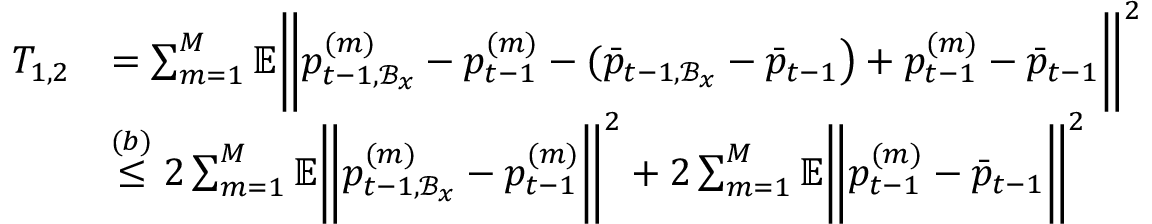
\begin{array} { r l } { T _ { 1 , 2 } } & { = \sum _ { m = 1 } ^ { M } \mathbb { E } \bigg \| p _ { t - 1 , \mathcal { B } _ { x } } ^ { ( m ) } - p _ { t - 1 } ^ { ( m ) } - ( \bar { p } _ { t - 1 , \mathcal { B } _ { x } } - \bar { p } _ { t - 1 } \big ) + p _ { t - 1 } ^ { ( m ) } - \bar { p } _ { t - 1 } \bigg \| ^ { 2 } } \\ & { \overset { ( b ) } { \leq } 2 \sum _ { m = 1 } ^ { M } \mathbb { E } \bigg \| p _ { t - 1 , \mathcal { B } _ { x } } ^ { ( m ) } - p _ { t - 1 } ^ { ( m ) } \bigg \| ^ { 2 } + 2 \sum _ { m = 1 } ^ { M } \mathbb { E } \bigg \| p _ { t - 1 } ^ { ( m ) } - \bar { p } _ { t - 1 } \bigg \| ^ { 2 } } \end{array}